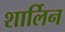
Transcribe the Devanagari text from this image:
शार्लिन